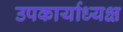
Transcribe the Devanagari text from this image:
उपकार्याध्यक्ष